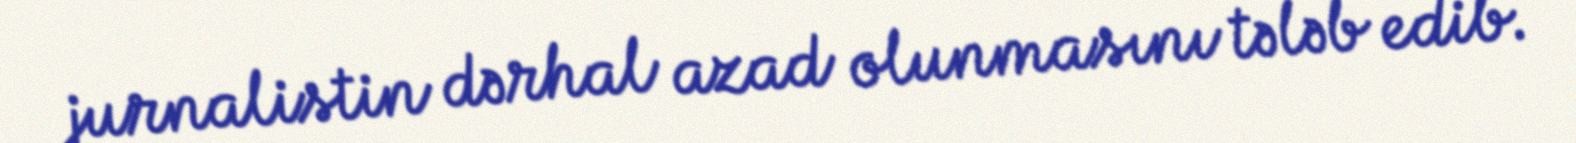
jurnalistin dərhal azad olunmasını tələb edib.